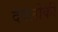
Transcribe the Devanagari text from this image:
देवलोकी